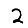
Digit: 2